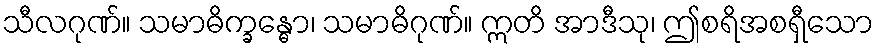
သီလဂုဏ်။ သမာဓိက္ခန္ဓော၊ သမာဓိဂုဏ်။ ဣတိ အာဒီသု၊ ဤစရိအစရှီသော